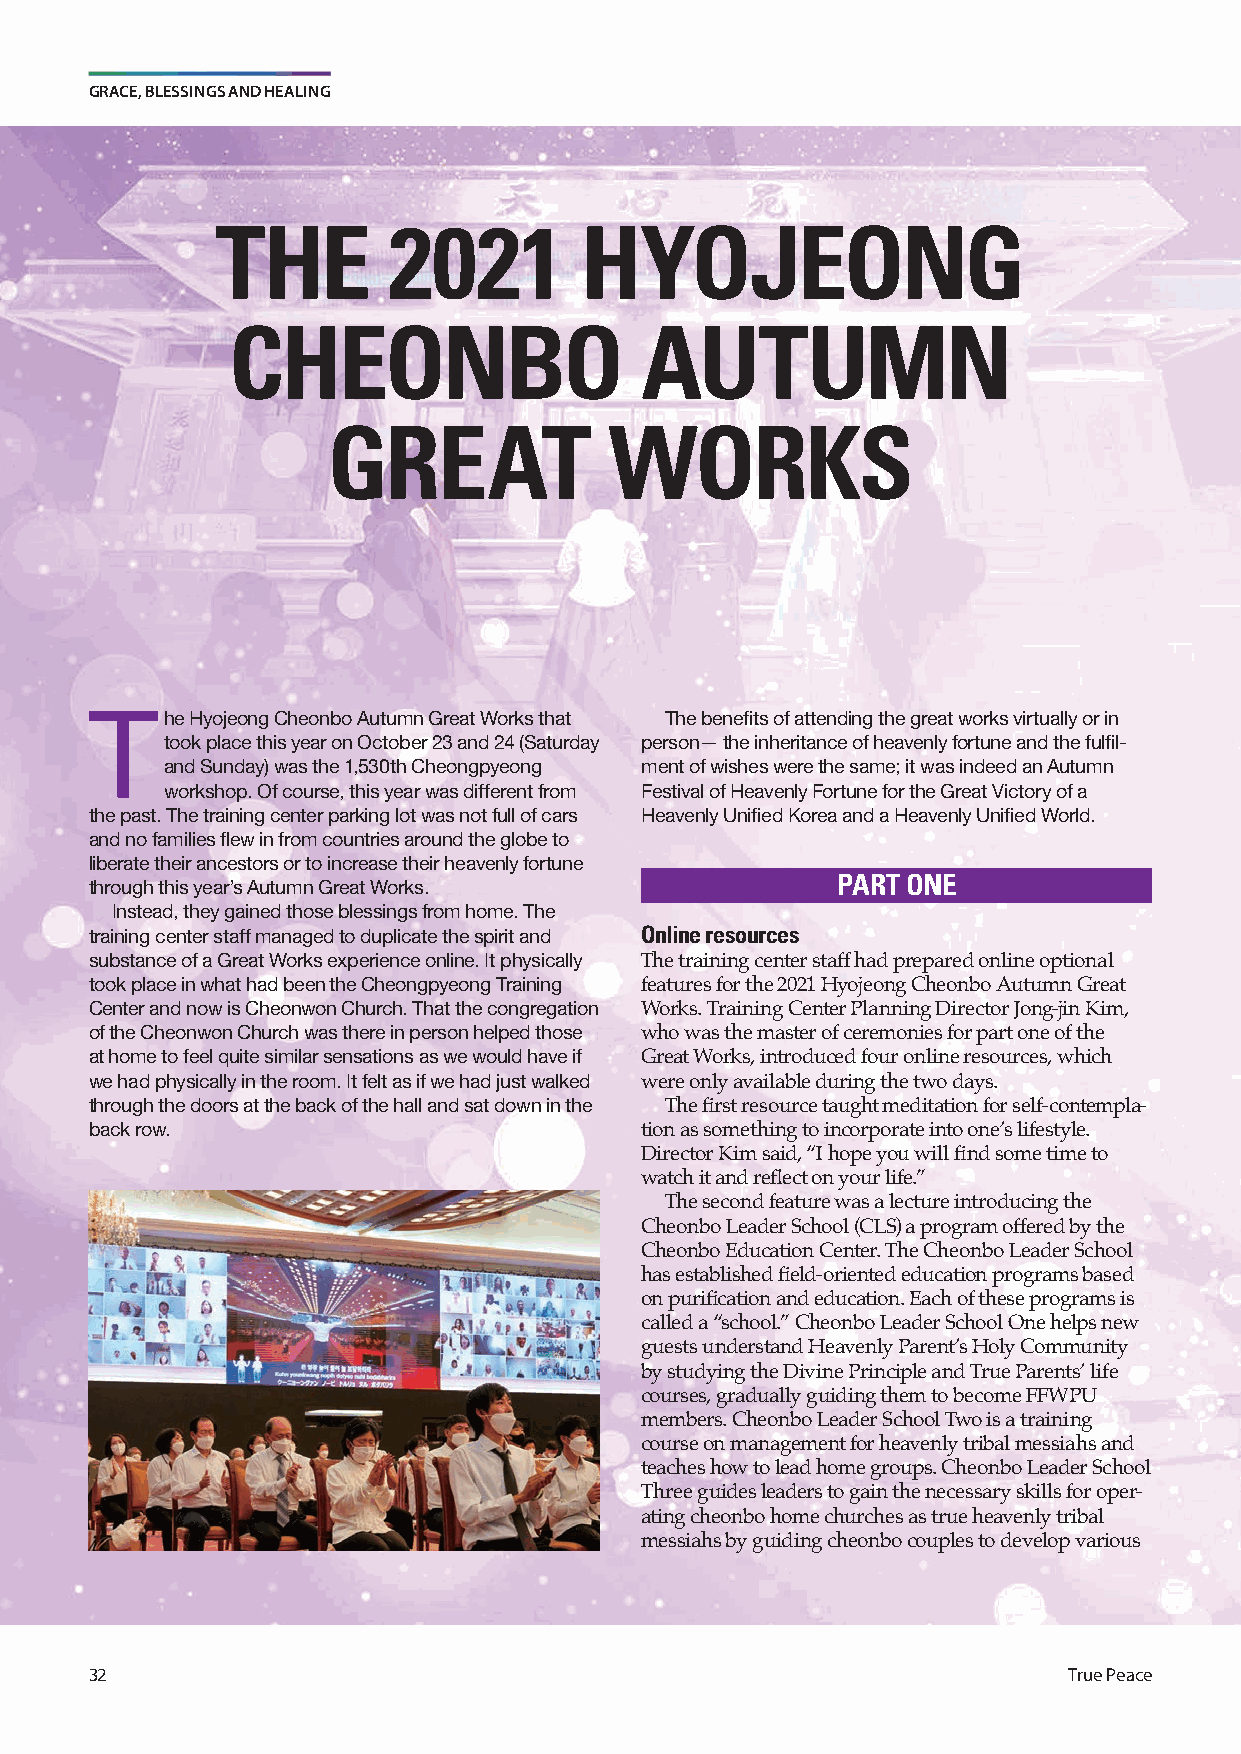
GRACE, BLESSINGS AND HEALING
 THE         2021        HYOJEONG
 CHEONBO                    AUTUMN
 GREAT             WORKS
 T
 he Hyojeong Cheonbo Autumn Great Works that The benefits of attending the great works virtually or in
 took place this year on October 23 and 24 (Saturday person— the inheritance of heavenly fortune and the fulfil-
 and Sunday) was the 1,530th Cheongpyeong ment of wishes were the same; it was indeed an Autumn
 workshop. Of course, this year was different from Festival of Heavenly Fortune for the Great Victory of a
 the past. The training center parking lot was not full of cars Heavenly Unified Korea and a Heavenly Unified World.
 and no families flew in from countries around the globe to
 liberate their ancestors or to increase their heavenly fortune
 through this year’s Autumn Great Works.          PART ONE
 Instead, they gained those blessings from home. The
 training center staff managed to duplicate the spirit and Online resources
 substance of a Great Works experience online. It physically The training center staff had prepared online optional
 took place in what had been the Cheongpyeong Training features for the 2021 Hyojeong Cheonbo Autumn Great
 Center and now is Cheonwon Church. That the congregation Works. Training Center Planning Director Jong-jin Kim,
 of the Cheonwon Church was there in person helped those who was the master of ceremonies for part one of the
 at home to feel quite similar sensations as we would have if Great Works, introduced four online resources, which
 we had physically in the room. It felt as if we had just walked were only available during the two days.
 through the doors at the back of the hall and sat down in the The first resource taught meditation for self-contempla-
 back row.                           tion as something to incorporate into one’s lifestyle.
 Director Kim said, “I hope you will find some time to
 watch it and reflect on your life.”
 The second feature was a lecture introducing the
 Cheonbo Leader School (CLS) a program offered by the
 Cheonbo Education Center. The Cheonbo Leader School
 has established field-oriented education programs based
 on purification and education. Each of these programs is
 called a “school.” Cheonbo Leader School One helps new
 guests understand Heavenly Parent’s Holy Community
 by studying the Divine Principle and True Parents’ life
 courses, gradually guiding them to become FFWPU
 members. Cheonbo Leader School Two is a training
 course on management for heavenly tribal messiahs and
 teaches how to lead home groups. Cheonbo Leader School
 Three guides leaders to gain the necessary skills for oper-
 ating cheonbo home churches as true heavenly tribal
 messiahs by guiding cheonbo couples to develop various
 32                                                               True Peace